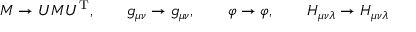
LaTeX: { \cal { M } } \rightarrow U { \cal { M } } U ^ { \mathrm { T } } , \qquad g _ { \mu \nu } \rightarrow g _ { \mu \nu } , \qquad \varphi \rightarrow \varphi , \qquad H _ { \mu \nu \lambda } \rightarrow H _ { \mu \nu \lambda }